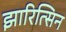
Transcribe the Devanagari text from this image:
झारित्सिन